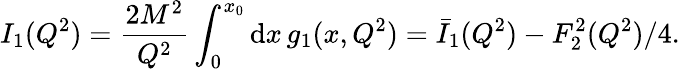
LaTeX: I_{1}(Q^{2})=\frac{2M^{2}}{Q^{2}}\int_{0}^{x_{0}}\mathrm{d}x\, g_{1}(x,Q^{2})=\bar{I}_{1}(Q^{2})-F_{2}^{2}(Q^{2})/4.